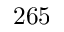
2 6 5